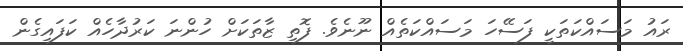
ރައު މަސައްކަތަކީ ފަސޭހަ މަސައްކަތެއް ނޫނެވެ. ފޮތި ޒާތަކަށް ހުންނަ ކަރުދާހެއް ކަފައިގެން